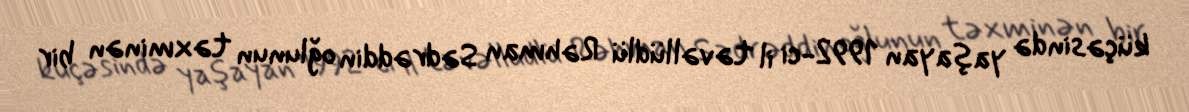
küçəsində yaşayan 1992-ci il təvəllüdlü Rəhman Sədrəddin oğlunun təxminən bir